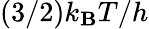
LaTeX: (3/2)k_{\mathbf{B}}T/h